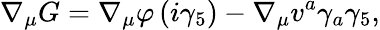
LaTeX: \nabla_{\mu}G=\nabla_{\mu}\varphi\left(i\gamma_{5}\right)-\nabla_{\mu}v^{a}\gamma_{a}\gamma_{5},